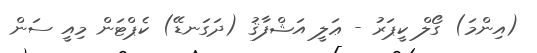
(އިންމަ) ގޯލް ކީޕަރު - ޢަލީ އަޝްފާޤު (ދަގަނޑޭ) ކެޕްޓަން މިއީ ސަން